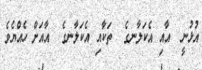
އުޅުނީ  އާއި އެކަލާނގެ  ތަކާއި އެކަލާނގެ  އާއަށް ހެއްޔެވެ